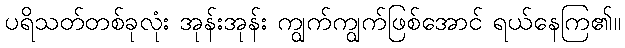
ပရိသတ်တစ်ခုလုံး အုန်းအုန်း ကျွက်ကျွက်ဖြစ်အောင် ရယ်နေကြ၏။